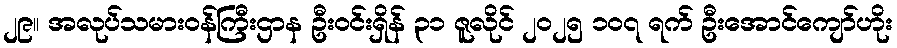
၂၉။ အလုပ်သမားဝန်ကြီးဌာန ဦးဝင်းရှိန် ၃၁ ဇူလိုင် ၂၀၂၅ ၁၀၇ ရက် ဦးအောင်ကျော်ဟိုး